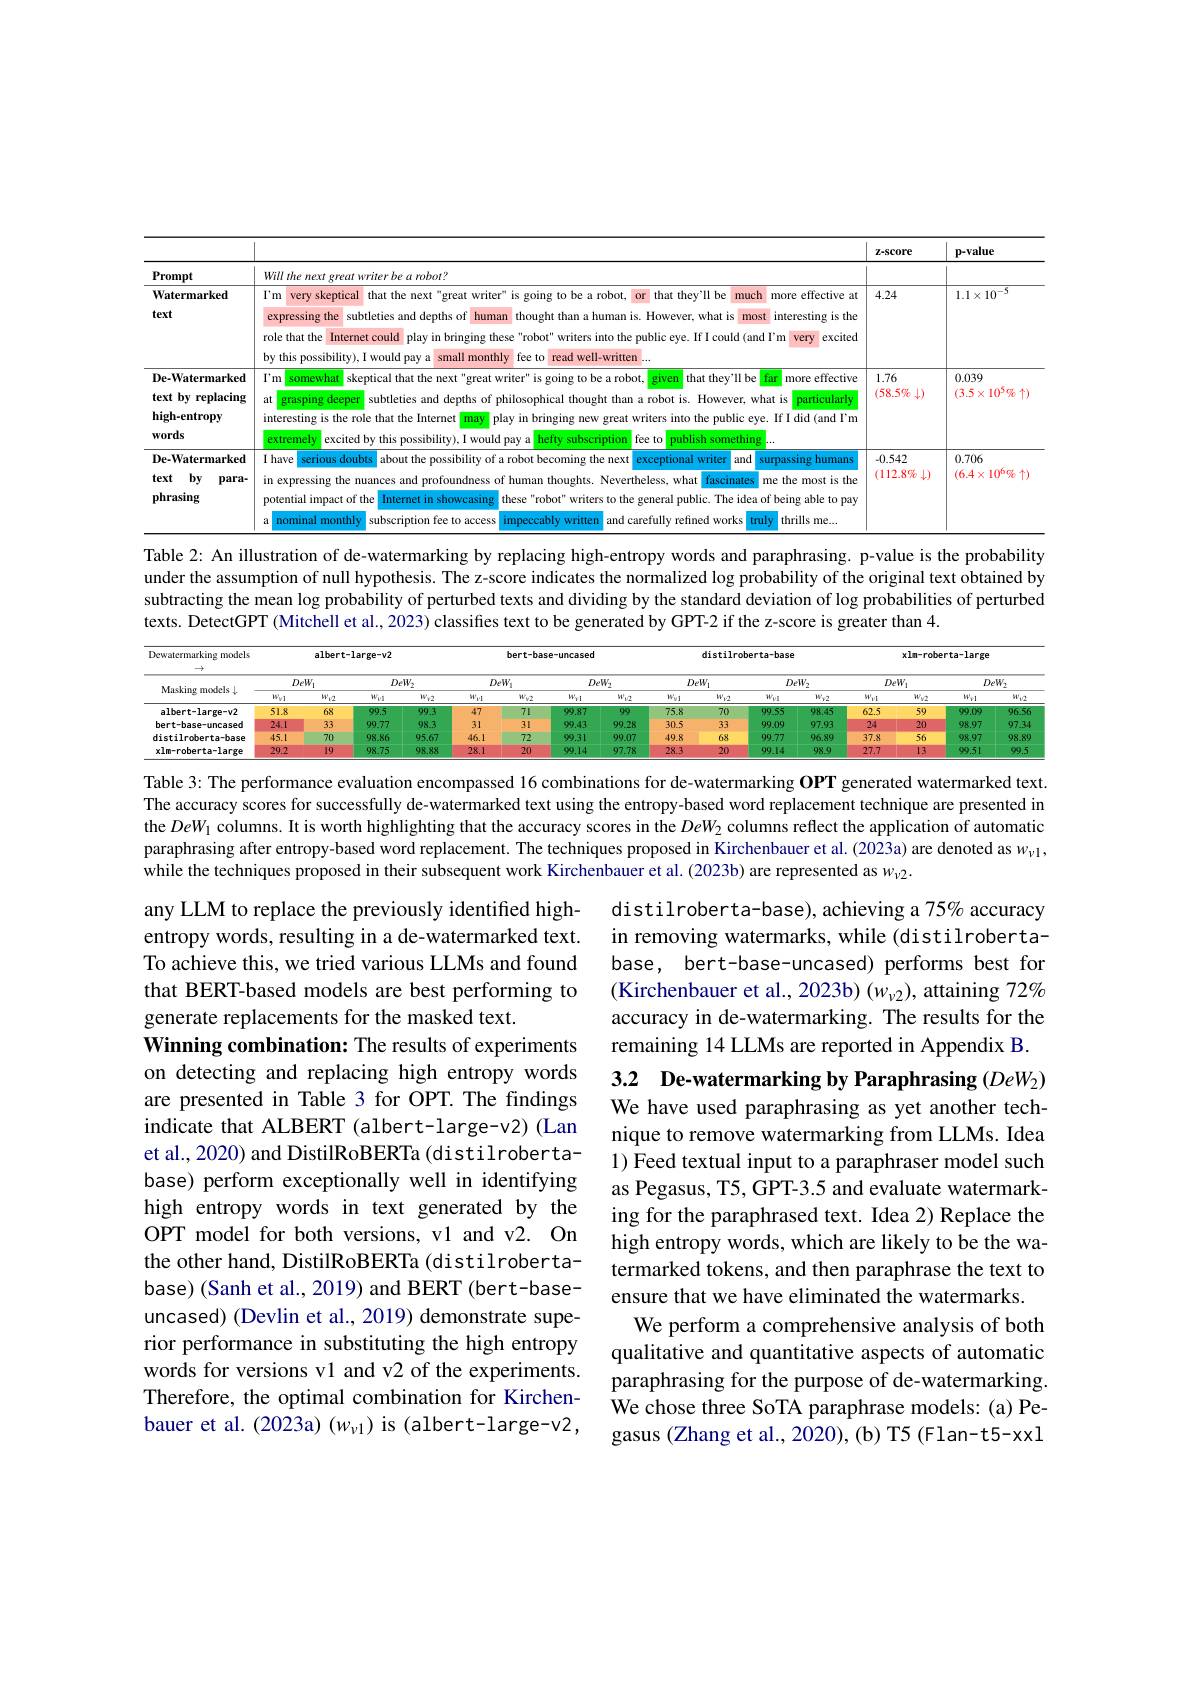
<table>
	<tbody>
		<tr>
			<th> </th>
			<th> </th>
			<th>Z-Score</th>
			<th>p-value</th>
		</tr>
		<tr>
			<td>$\mathbf{Prompt}$</td>
			<td>Will the next great writer be a robot?</td>
			<td> </td>
			<td> </td>
		</tr>
		<tr>
			<td>Watermarked text</td>
			<td>I'm very skeptical that the next"great writer" is going to be a robot, or that they'll be much more effective at expressing the subtleties and depths of human thought than a human is. However, what is most t interesting is the role that the Internet could play in bringing these"robot" writers into the public eye. If I could (and I'm very excited by this possibility), I would pay a small monthly fee to , read well-written</td>
			<td>4.24</td>
			<td>$1.1\times10^{-5}$</td>
		</tr>
		<tr>
			<td>De-Watermarked text by replacing high-entropy $\mathbf{words}$</td>
			<td>$I'm$ somewhat skeptical that the next"great writer" is going to be a robot, given that they'll be far more effective at grasping deeper subtleties and depths of philosophical thought than a robot is. However, what is particularly interesting is the role that the Internet may play in bringing new great writers into the public eye. If I did (and $\Gamma$m extremely excited by this possibility), I would pay a hefty subscription fee to publish something</td>
			<td>1.76 $(58.5\%$ 4.</td>
			<td>0.039 $(3.5\times10^5\%\uparrow$</td>
		</tr>
		<tr>
			<td>De-Watermarked $by$ text $para-$ phrasing</td>
			<td>I have serious doubts about the possibility of a robot becoming the next exceptional writer and surpassing humans in expressing the nuances and profoundness of human thoughts. Nevertheless, what fascinates me the most is the potential impact of the Internet in showcasing these "robot" writers to the general public. The idea of being able to pay nominal monthly subscription fee to access impeccably written and carefully refined works truly thrills me.</td>
			<td>-0.542 $(112.8\%$ $\int_{x}^{1}$</td>
			<td>0.706 $(6.4\times10^6\%\uparrow$</td>
		</tr>
	</tbody>
</table>

under the assumption of null hypothesis. The z-score indicates the normalized log probability of the original text obtained by subtracting the mean log probability of perturbed texts and dividing by the standard deviation of log probabilities of perturbed texts. DetectGPT (Mitchell et al., 2023) classifies text to be generated by GPT-2 if the z-score is greater than 4.

<table>
	<tbody>
		<tr>
			<th rowspan="3">Dewatermarking models Masking models</th>
			<th colspan="3">albert-large-v2</th>
			<th colspan="3">1arge-v2 bert-base-uncased</th>
			<th colspan="2">rt-base-uncased distilre</th>
			<th>.roberta-ba</th>
			<th>e</th>
			<th colspan="4">xln-roberta-large</th>
		</tr>
		<tr>
			<th colspan="2">$DeW_1$</th>
			<th rowspan="1">$DeW_2$</th>
			<th> </th>
			<th rowspan="1">$DeW_1$</th>
			<th>$D\epsilon$</th>
			<th>$)eW_{2}$</th>
			<th rowspan="1">$DeW_1$</th>
			<th> </th>
			<th rowspan="1">$DeW_2$</th>
			<th colspan="2">$DeW_{1}$</th>
			<th colspan="2">$DeW_{2}^{\prime}$</th>
		</tr>
		<tr>
			<th>$W_{V1}$</th>
			<th>$W_{12}$</th>
			<th>$W_{wn}$</th>
			<th>1 2</th>
			<th>$W_{\nu1}$</th>
			<th>$W_{\nu1}$</th>
			<th>$W_{12}$</th>
			<th>$W_{V1}$</th>
			<th>$W_{1/2}$</th>
			<th>$W_{\nu2}$</th>
			<th>$W_{\nu1}$</th>
			<th>$Wv2$</th>
			<th>$W_{\nu1}$</th>
			<th>$W_{12}$</th>
		</tr>
		<tr>
			<td>albert-large-v2</td>
			<td>51.8</td>
			<td>68</td>
			<td>99.5</td>
			<td>.3</td>
			<td>47</td>
			<td>99.87</td>
			<td>99</td>
			<td>75.8</td>
			<td>99.5:</td>
			<td>98.45</td>
			<td>62.5</td>
			<td>59</td>
			<td>99.09</td>
			<td>$96.5t$</td>
		</tr>
		<tr>
			<td>bert-base-uncased</td>
			<td>24.1</td>
			<td>33</td>
			<td>99.77</td>
			<td>.3</td>
			<td>31</td>
			<td>99.43</td>
			<td>99.28</td>
			<td>30.5</td>
			<td>99.0</td>
			<td>97.93</td>
			<td>24</td>
			<td>20</td>
			<td>98.97</td>
			<td>97.34</td>
		</tr>
		<tr>
			<td>distilroberta-base</td>
			<td>45.1</td>
			<td>70</td>
			<td>98.86</td>
			<td>57 4</td>
			<td>16.1</td>
			<td>99.31</td>
			<td>99.07</td>
			<td>49.8</td>
			<td>99.7</td>
			<td>96.89</td>
			<td>37.8</td>
			<td>56</td>
			<td>98.97</td>
			<td>98.84</td>
		</tr>
		<tr>
			<td>xlm-roberta-large</td>
			<td>29.2</td>
			<td>19</td>
			<td>98.75</td>
			<td>88 2</td>
			<td>28.1</td>
			<td>90.14</td>
			<td>97.78</td>
			<td>28.3</td>
			<td>99.1</td>
			<td>98.9</td>
			<td>27.7</td>
			<td>13</td>
			<td>90.51</td>
			<td>99.5</td>
		</tr>
	</tbody>
</table>

Table 3: The performance evaluation encompassed 16 combinations for de-watermarking OPT generated watermarked text. The accuracy scores for successfully de-watermarked text using the entropy-based word replacement technique are presented in the DeW$_{1}$ columns. It is worth highlighting that the accuracy scores in the $DeW_{2}$ columns reflect the application of automatic paraphrasing after entropy-based word replacement. The techniques proposed in Kirchenbauer et al. (2023a) are denoted as $w_{\nu1}$, while the techniques proposed in their subsequent work Kirchenbauer et al. (2023b) are represented as $w_\nu2.$

distilroberta-base), achieving a 75% accuracy in removing watermarks, while (distilrobertabase, bert-base-uncased) performs best for (Kirchenbauer et al., 2023b) (w{v}2), attaining 72% accuracy in de-watermarking. The results for the remaining 14 LLMs are reported in Appendix B.

any LLM to replace the previously identified highentropy words, resulting in a de-watermarked text. To achieve this, we tried various LLMs and found that BERT-based models are best performing to generate replacements for the masked text.
Winning combination: The results of experiments on detecting and replacing high entropy words are presented in Table 3 for OPT. The findings indicate that ALBERT (albert-large-v2) (Lan et al., 2020) and DistilRoBERTa (distilrobertabase) perform exceptionally well in identifying high entropy words in text generated by the OPT model for both versions, v1 and v2. On the other hand, DistilRoBERTa (distilrobertabase)(Sanh et al., 2019) and BERT (bert-baseuncased) (Devlin et al., 2019) demonstrate superior performance in substituting the high entropy words for versions vl and v2 of the experiments. Therefore, the optimal combination for Kirchenbauer et al. (2023a) (w$_v1)$ is (albert-large-v2,

3.2 De-watermarking by Paraphrasing $(DeW_{2})$ We have used paraphrasing as yet another technique to remove watermarking from LLMs. Idea 1) Feed textual input to a paraphraser model such as Pegasus, T5, GPT-3.5 and evaluate watermarking for the paraphrased text. Idea 2) Replace the high entropy words, which are likely to be the watermarked tokens, and then paraphrase the text to ensure that we have eliminated the watermarks.
We perform a comprehensive analysis of both qualitative and quantitative aspects of automatic paraphrasing for the purpose of de-watermarking. We chose three SoTA paraphrase models: (a) Pegasus (Zhang et al., 2020), (b) T5 (Flan-t5-xxl